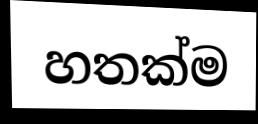
හතක්ම